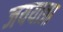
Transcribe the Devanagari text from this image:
जययात्रा